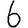
Digit: 6